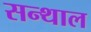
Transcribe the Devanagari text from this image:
सन्थाल